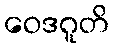
ဝေဒဂူတိ